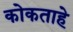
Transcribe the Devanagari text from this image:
कोकताहे